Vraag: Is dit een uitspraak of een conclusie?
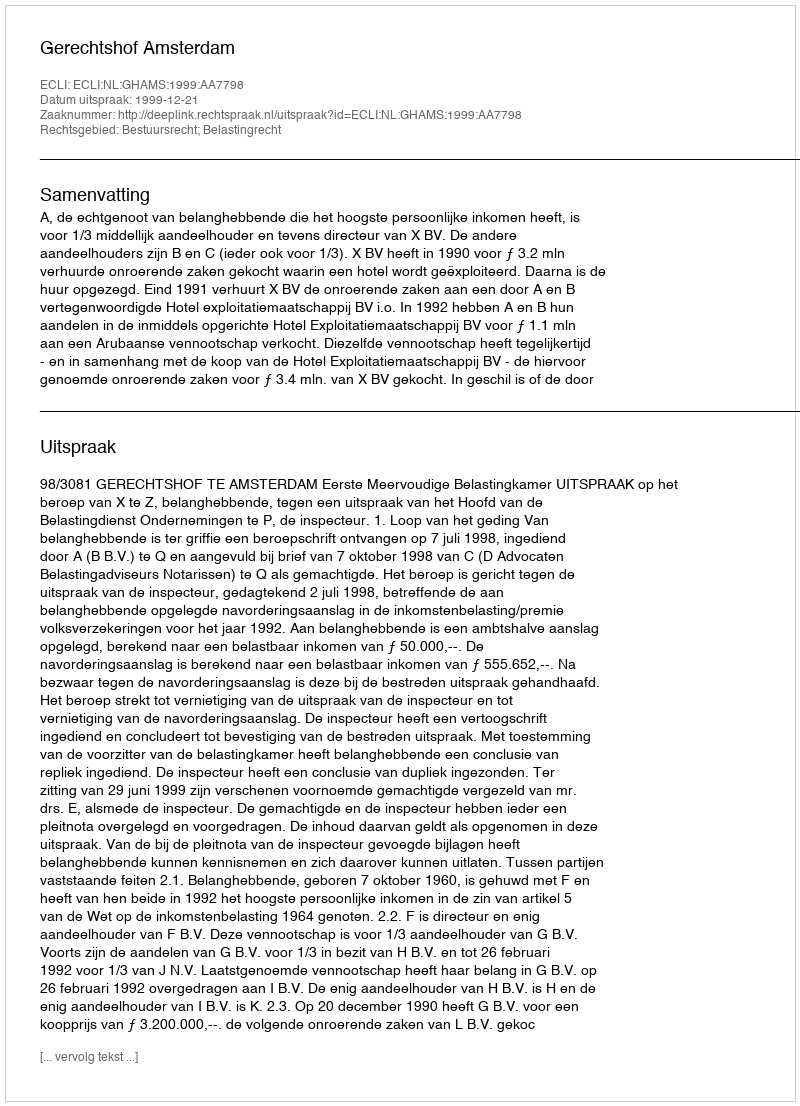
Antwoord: Uitspraak